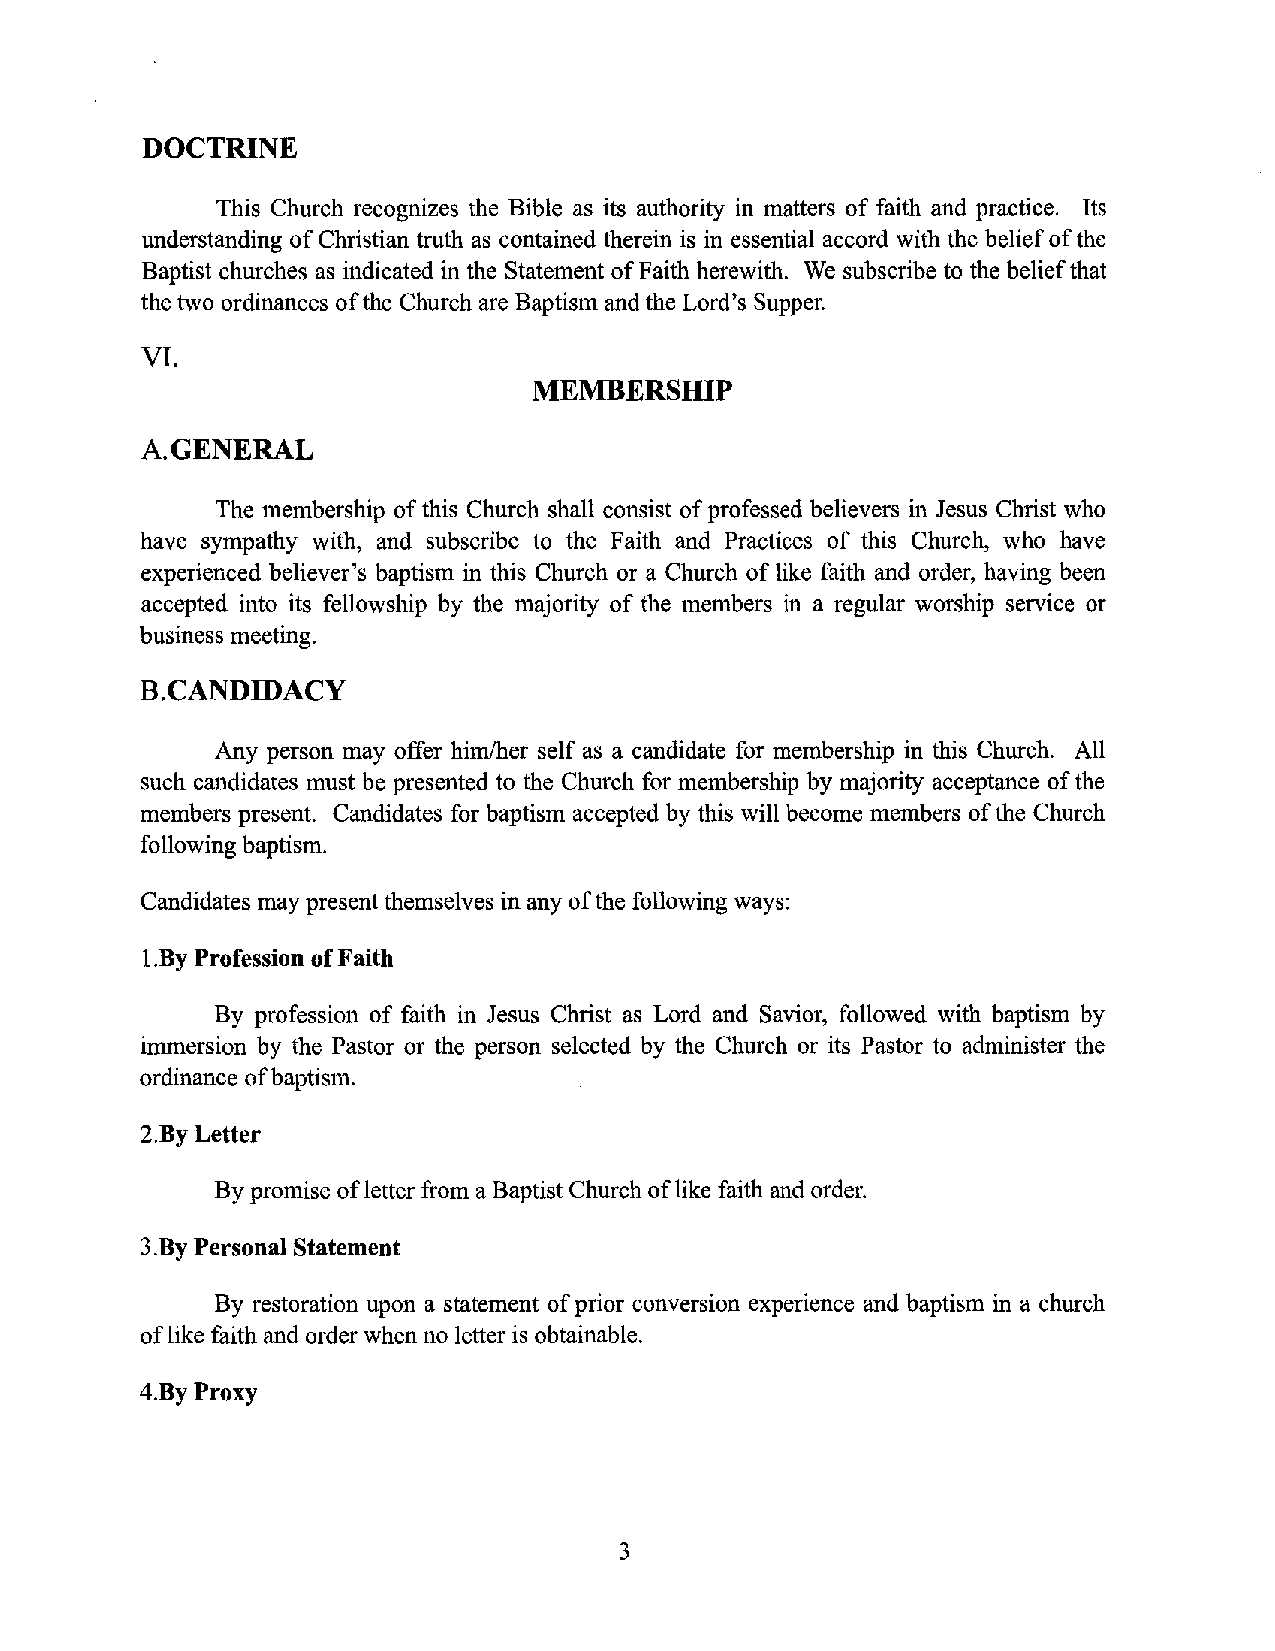
DOCTRINE
 This Church recognizes the Bible as its authority in matters of faith and practice. Its
 understanding of Christian truth as contained therein is in essential accord with the belief of the
 Baptist churches as indicated in the Statement of Faith herewith. We subscribe to the belief that
 the two ordinances of the Church are Baptism and the Lord's Supper.
 VI.
 MEMBERSHIP
 A.GENERAL
 The membership of this Church shall consist of professed believers in Jesus Christ who
 have sympathy with, and subscribe to the Faith and Practices of this Church, who have
 experienced believer's baptism in this Church or a Church of like faith and order, having been
 accepted into its fellowship by the majority of the members in a regular worship service or
 business meeting.
 B.CANDIDACY
 Any person may offer him/her self as a candidate for membership in this Church. All
 such candidates must be presented to the Church for membership by majority acceptance of the
 members present. Candidates for baptism accepted by this will become members of the Church
 following baptism.
 Candidates may present themselves in any of the following ways:
 I .By Profession of Faith
 By profession of faith in Jesus Christ as Lord and Savior, followed with baptism by
 immersion by the Pastor or the person selected by the Church or its Pastor to administer the
 ordinance of baptism.
 2.By Letter
 By promise of letter from a Baptist Church of like faith and order.
 3.By Personal Statement
 By restoration upon a statement of prior conversion experience and baptism in a church
 of like faith and order when no letter is obtainable.
 4.ByProxy
 3